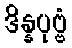
ဒိန္နပုဗ္ဗံ